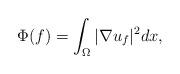
LaTeX: \begin{align*}\Phi(f)=\int_\Omega |\nabla u_f|^2 dx,\end{align*}